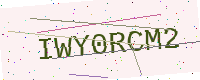
Text: IWY0RCM2